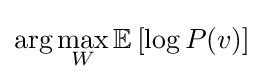
\arg \max _{W}\mathbb {E} \left[\log P(v)\right]